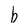
Character: b